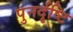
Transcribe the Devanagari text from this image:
पुनर्दृष्टि